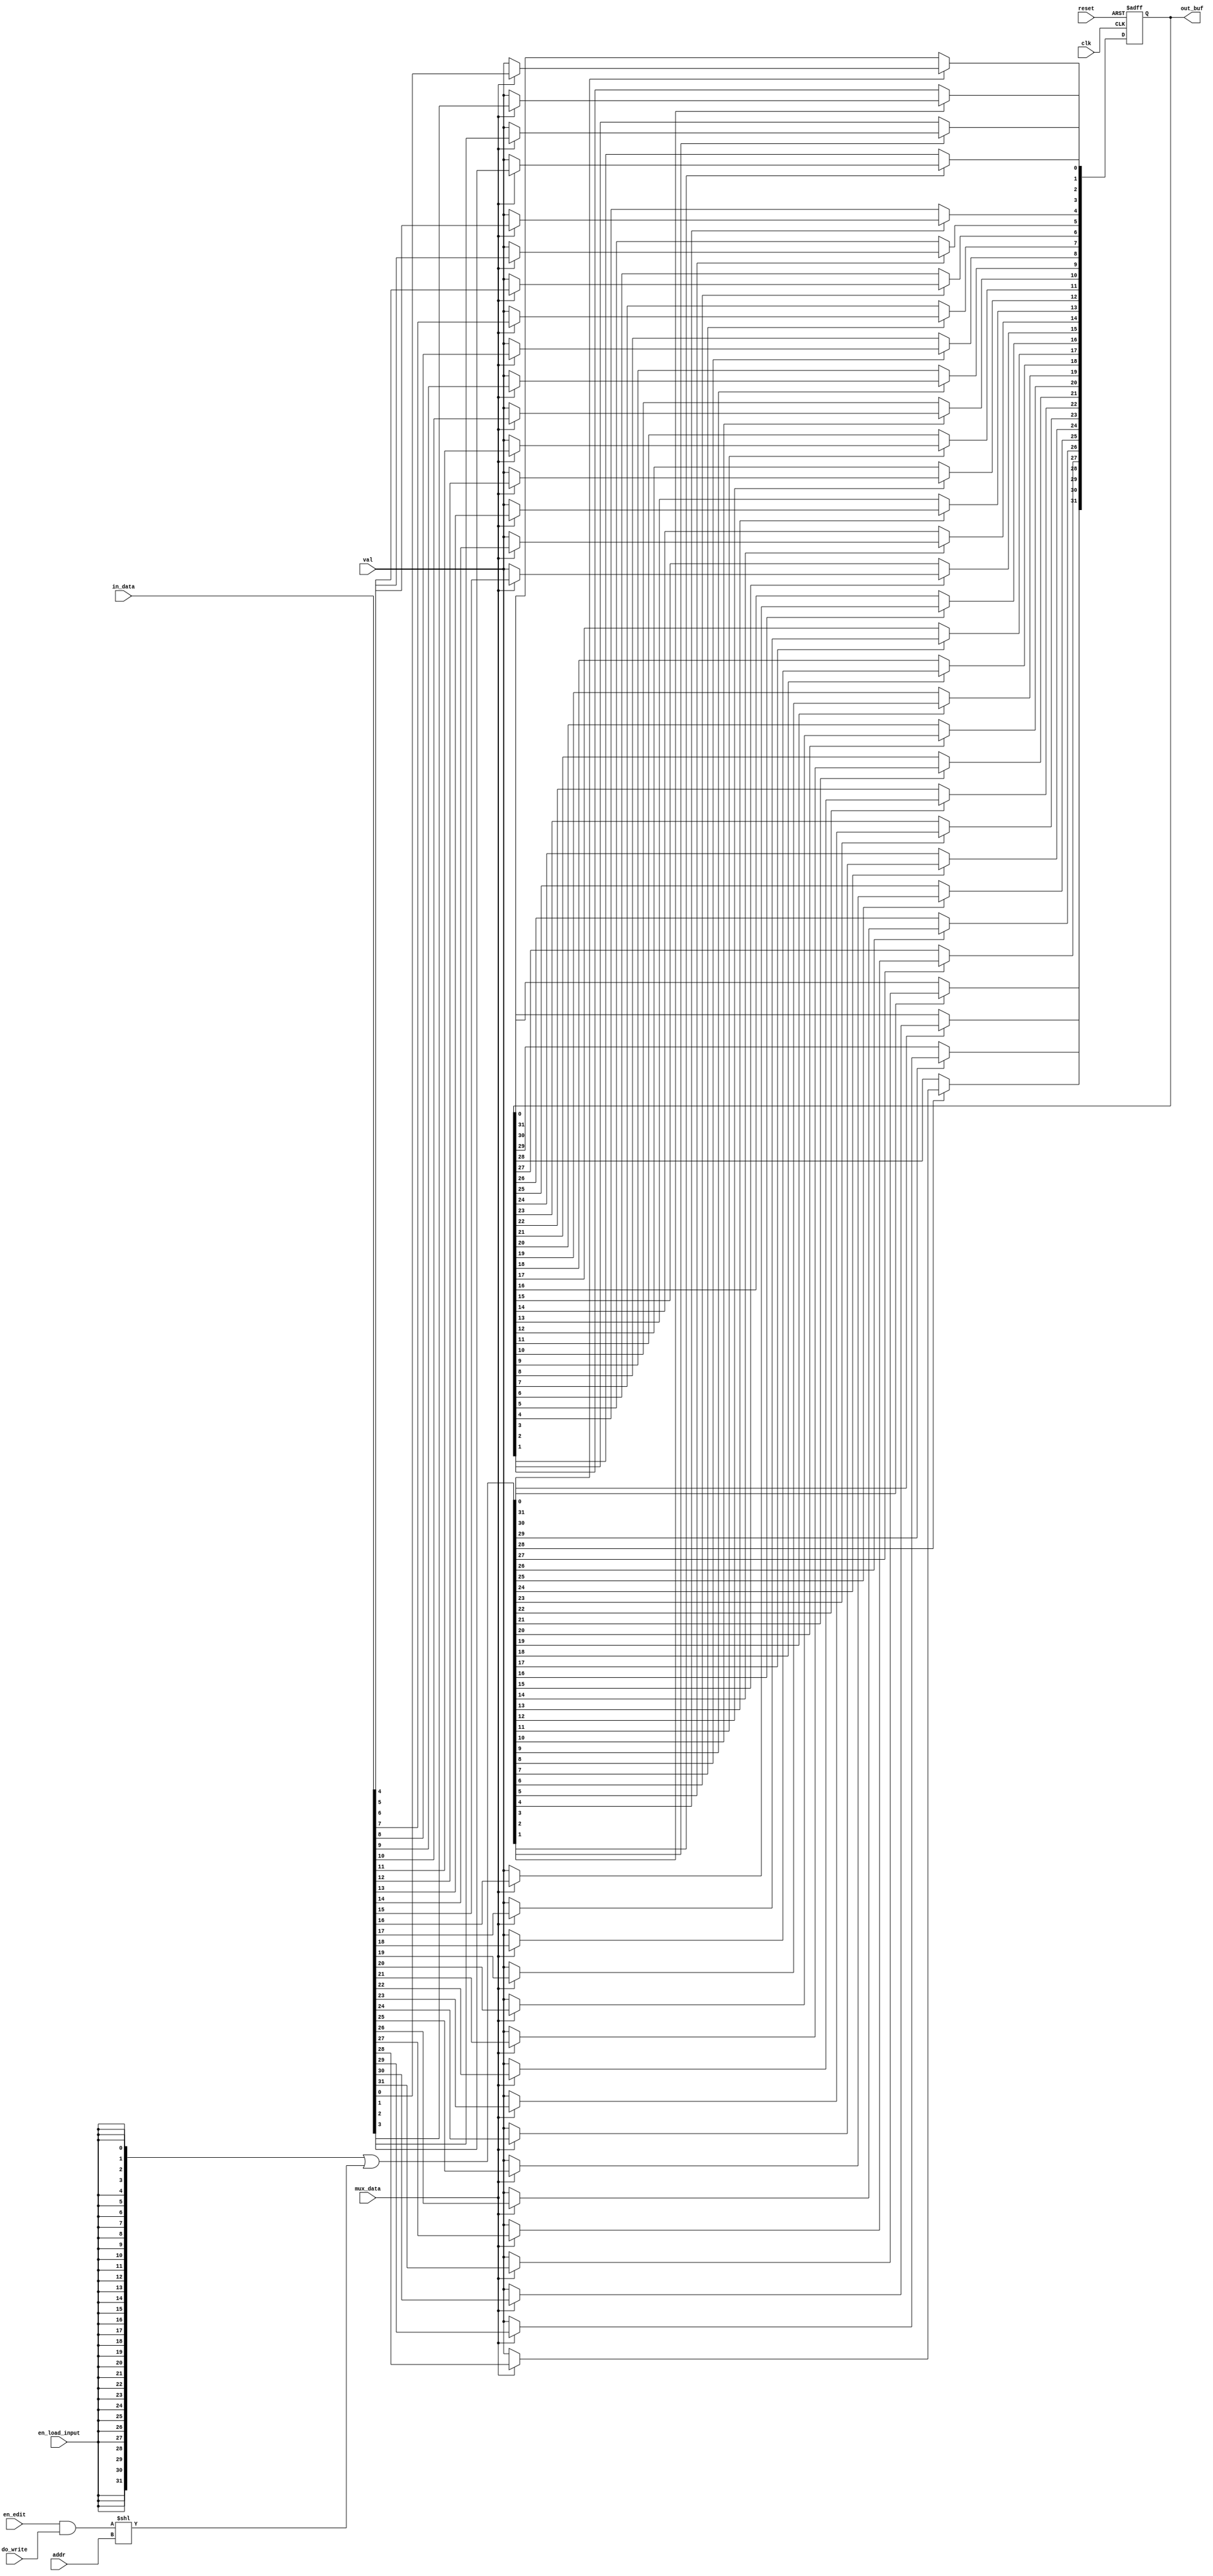
module outputs_module(
    input clk,                 // Clock signal
    input reset,               // Asynchronous reset signal
    
    input [4:0] addr,          // 5-bit address
    input do_write,            // Condition flag deciding whether to perform write at addr.
    input val,                 // value to write in 

    input [31:0] in_data,      // Setup: Input data at interception.

        
    input en_edit,               // Control: Enable writing to addr conditional on do_write_flag
    input en_load_input,           // Control: Global output enable
    input mux_data,            // Control: Get input data source
    
    output reg [31:0] out_buf  // 32-bit output buffer register
);

// Internal signals
wire [31:0] data_mux_out;      // Output of the multiplexer
wire [31:0] enable;            // Enable signal

// Multiplexer logic

assign enable = {32{en_load_input}} | ({31'b0, en_edit & do_write} << addr);

// Output buffer register logic
always @(posedge clk or posedge reset) begin: output_buffer
    integer i;
    if (reset) begin
        out_buf <= 32'd0;
    end else begin
        for (i=0; i<32; i=i+1) begin
            if(enable[i]) begin
                out_buf[i] <= mux_data ? in_data[i]: val;
            end
        end
    end
end
endmodule